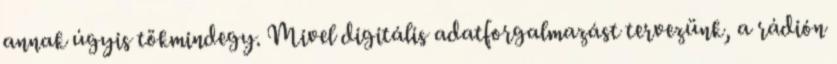
annak úgyis tökmindegy. Mivel digitális adatforgalmazást tervezünk, a rádión